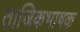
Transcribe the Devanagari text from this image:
ताजिकभाषक